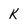
Character: k